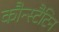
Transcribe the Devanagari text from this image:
कौन्स्टैटिन